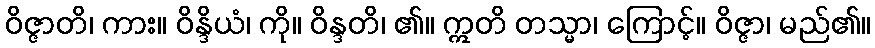
ဝိဇ္ဇာတိ၊ ကား။ ဝိန္ဒိယံ၊ ကို။ ဝိန္ဒတိ၊ ၏။ ဣတိ တသ္မာ၊ ကြောင့်။ ဝိဇ္ဇာ၊ မည်၏။